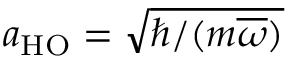
a _ { \mathrm { H O } } = \sqrt { \hbar / ( m \overline { { \omega } } ) }